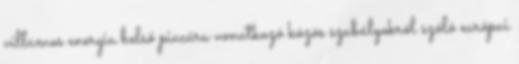
villamos energia belső piacára vonatkozó közös szabályokról szóló európai